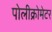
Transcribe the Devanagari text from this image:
पोलीक्रोमेटर